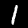
Digit: 1